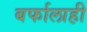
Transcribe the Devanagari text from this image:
बर्फालाही